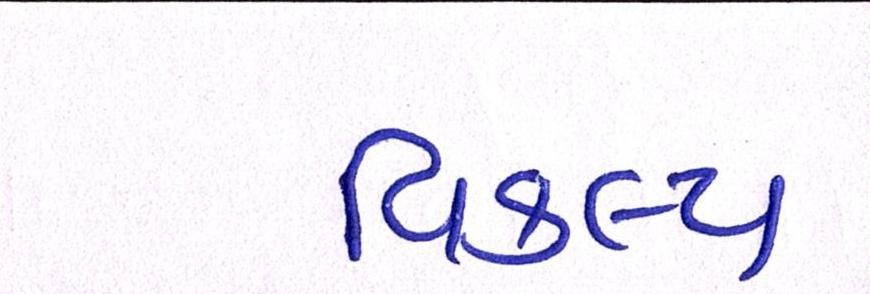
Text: વિકલ્પ